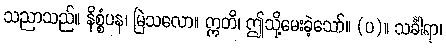
သညာသည်။ နိစ္စံပန၊ မြဲသလော။ ဣတိ၊ ဤသို့မေးခဲ့သော်။ (ပ)။ သင်္ခါရာ၊